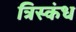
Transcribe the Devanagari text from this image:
त्रिस्कंध